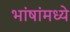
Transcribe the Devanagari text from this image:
भांषांमध्ये